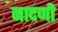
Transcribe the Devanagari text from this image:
नादणी